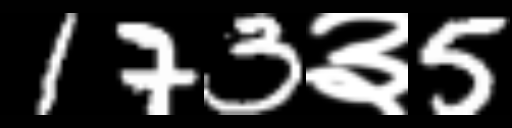
Text: 173३5